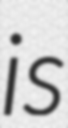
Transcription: is